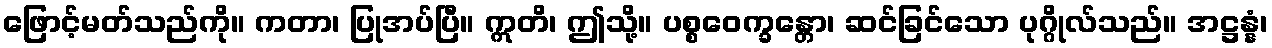
ဖြောင့်မတ်သည်ကို။ ကတာ၊ ပြုအပ်ပြီ။ ဣတိ၊ ဤသို့။ ပစ္စဝေက္ခန္တော၊ ဆင်ခြင်သော ပုဂ္ဂိုလ်သည်။ အဋ္ဌန္နံ၊